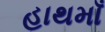
હાથમાઁ